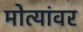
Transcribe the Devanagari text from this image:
मोत्यांवर